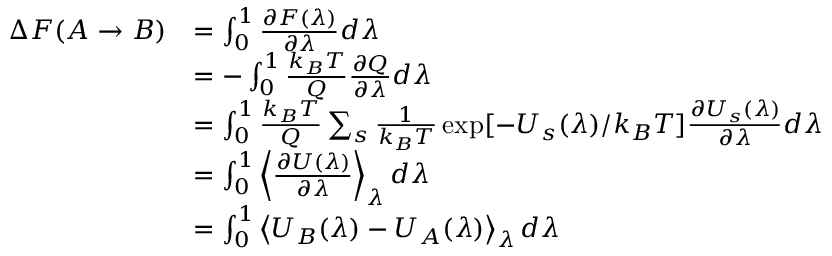
{ \begin{array} { r l } { \Delta F ( A \rightarrow B ) } & { = \int _ { 0 } ^ { 1 } { \frac { \partial F ( \lambda ) } { \partial \lambda } } d \lambda } \\ & { = - \int _ { 0 } ^ { 1 } { \frac { k _ { B } T } { Q } } { \frac { \partial Q } { \partial \lambda } } d \lambda } \\ & { = \int _ { 0 } ^ { 1 } { \frac { k _ { B } T } { Q } } \sum _ { s } { \frac { 1 } { k _ { B } T } } \exp [ - U _ { s } ( \lambda ) / k _ { B } T ] { \frac { \partial U _ { s } ( \lambda ) } { \partial \lambda } } d \lambda } \\ & { = \int _ { 0 } ^ { 1 } \left\langle { \frac { \partial U ( \lambda ) } { \partial \lambda } } \right\rangle _ { \lambda } d \lambda } \\ & { = \int _ { 0 } ^ { 1 } \left\langle U _ { B } ( \lambda ) - U _ { A } ( \lambda ) \right\rangle _ { \lambda } d \lambda } \end{array} }